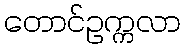
တောင်ဥက္ကလာ